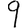
Digit: 9